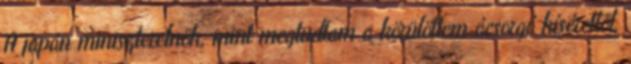
A japán miniszterelnök, mint megtudtam a körülöttem ácsorgó kísérettől,